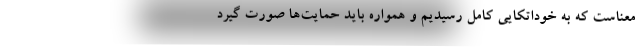
معناست که به خوداتکایی کامل رسیدیم و همواره باید حمایت‌ها صورت گیرد